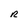
Character: R